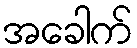
အခေါက်